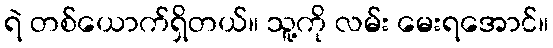
ရဲ တစ်ယောက်ရှိတယ်။ သူ့ကို လမ်း မေးရအောင်။